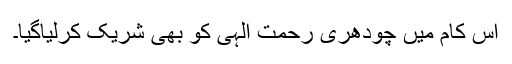
اس کام میں چودھری رحمت الٰہی کو بھی شریک کرلیاگیا۔